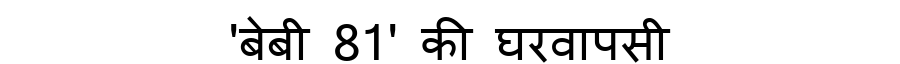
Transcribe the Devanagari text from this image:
'बेबी 81' की घरवापसी